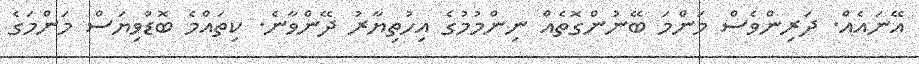
އޭނައެއް. ދަރިންވެސް މަންމަ ބޭނުންގޮތެއް ނިންމުމުގެ އިހުތިޔާރު ދޭންވާނެ. ކިތައްމެ ބޮޑުވިޔަސް މަންމަގެ